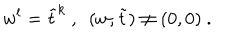
LaTeX: w ^ { l } = \tilde { t } ^ { k } \ , \ \ ( w , \tilde { t } ) \neq ( 0 , 0 ) \ .